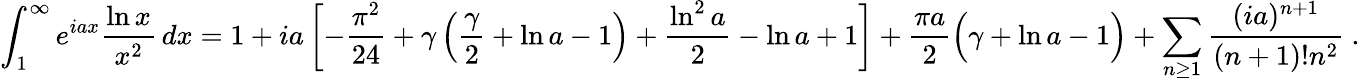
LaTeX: \int_{1}^{\infty}e^{iax}{\frac{\ln x}{x^{2}}}\, dx=1+ia\left[-{\frac{\pi^{2}}{24}}+\gamma\left({\frac{\gamma}{2}}+\ln a-1\right)+{\frac{\ln^{2}a}{2}}-\ln a+1\right]+{\frac{\pi a}{2}}{\Bigl(}\gamma+\ln a-1{\Bigr)}+\sum_{n\geq 1}{\frac{(ia)^{n+1}}{(n+1)!n^{2}}}~.